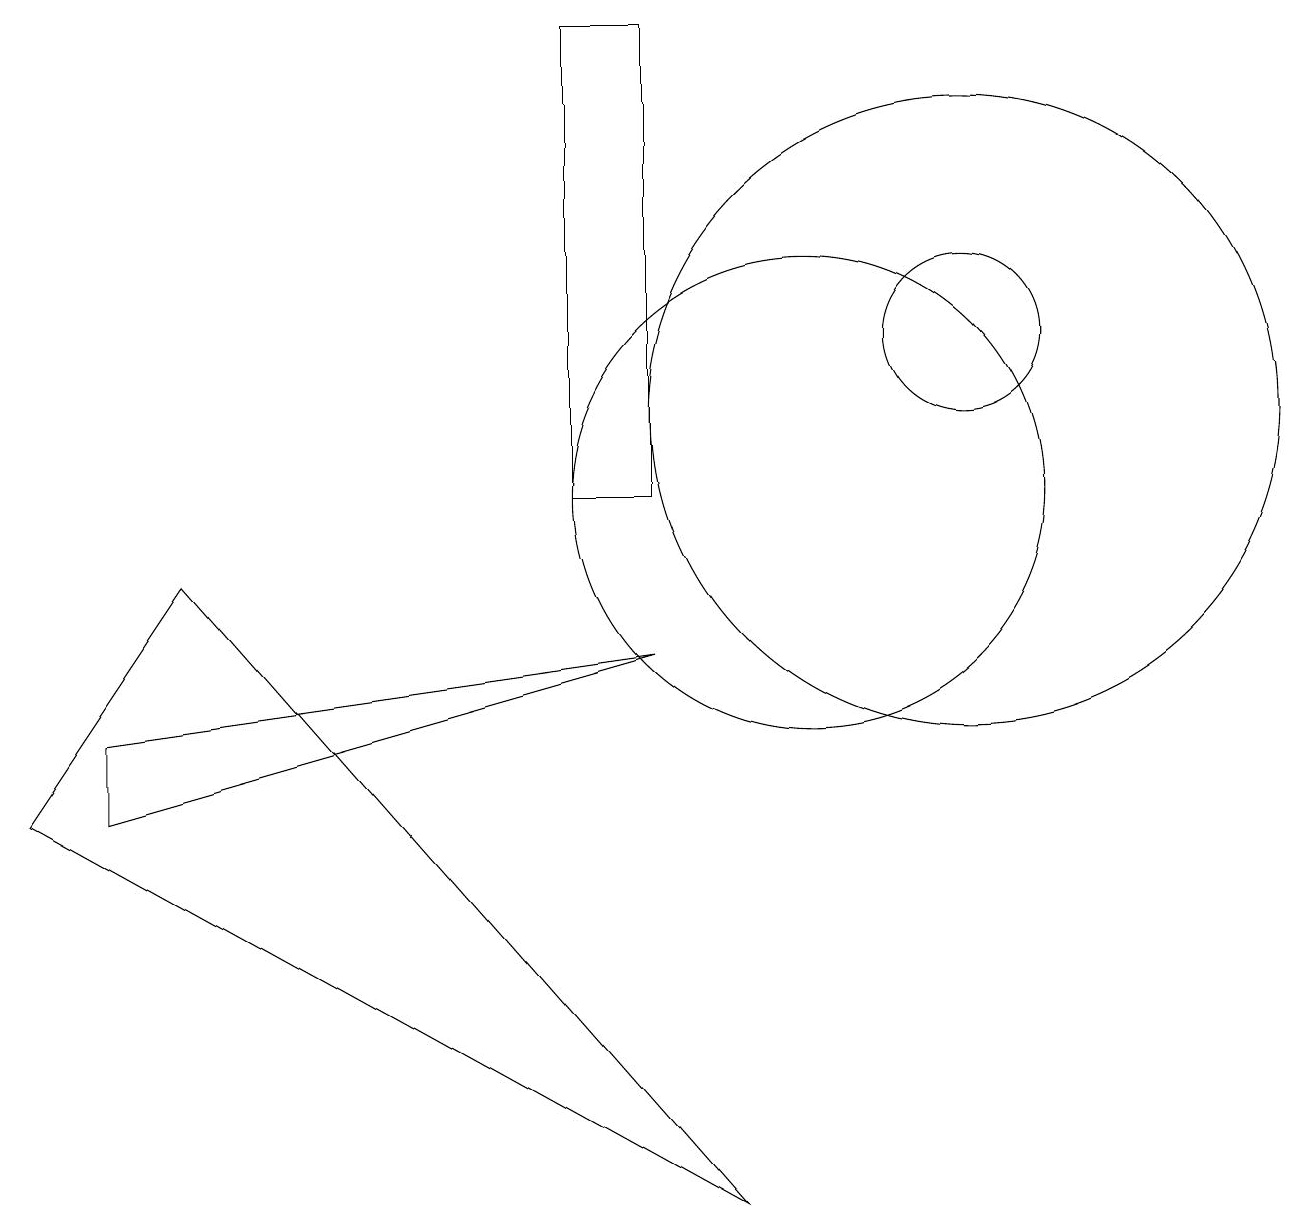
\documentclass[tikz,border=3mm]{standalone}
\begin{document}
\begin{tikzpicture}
\draw (10,10) circle (3);
\draw (0,6) -- (2,9) -- (9,1) -- cycle;
\draw (12,11) circle (4);
\draw (12,12) circle (1);
\draw (7,16) rectangle (8,10);
\draw (8,8) -- (1,6) -- (1,7) -- cycle;
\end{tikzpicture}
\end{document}